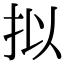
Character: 拟